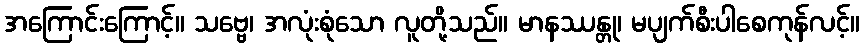
အကြောင်းကြောင့်။ သဗ္ဗေ၊ အလုံးစုံသော လူတို့သည်။ မာနဿန္တု၊ မပျက်စီးပါစေကုန်လင့်။